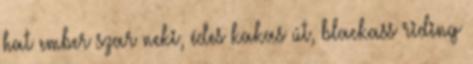
hat ember szar neki, édes kakas út, blackass riding